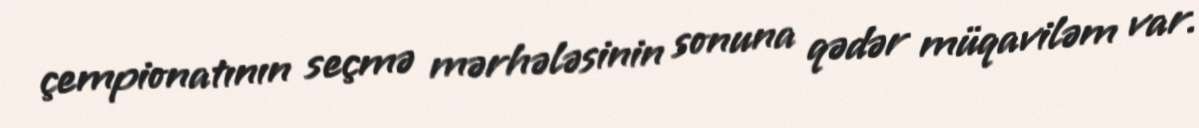
çempionatının seçmə mərhələsinin sonuna qədər müqaviləm var.